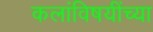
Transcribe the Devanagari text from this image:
कलांविषयींच्या